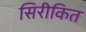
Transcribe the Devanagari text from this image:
सिरीकित